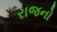
રાજનો